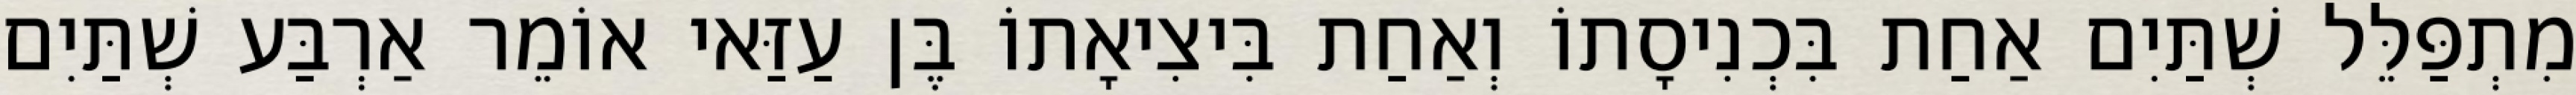
מִתְפַּלֵּל שְׁתַּיִם אַחַת בִּכְנִיסָתוֹ וְאַחַת בִּיצִיאָתוֹ בֶּן עַזַּאי אוֹמֵר אַרְבַּע שְׁתַּיִם